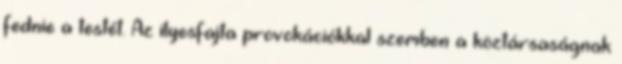
fednie a testét. Az ilyesfajta provokációkkal szemben a köztársaságnak